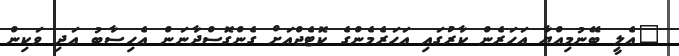
"އެލީ ބޭނުމިއްޔާ އަހަރެން ކާރުގައި އަހަރެމެންގެ ކޮޓެޖްއަށް ގެންގޮސްދާނަން އެހިސާބު އަދި ވަކިން